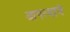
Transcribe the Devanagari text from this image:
आपत्याचे